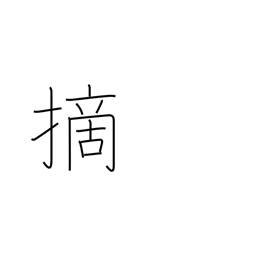
Meaning: clip